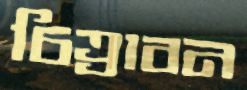
চিত্রাবন